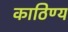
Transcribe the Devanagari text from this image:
काठिण्य